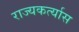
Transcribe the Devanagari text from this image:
राज्यकर्त्यास